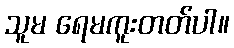
သူမ ရေမကူးတတ်ပါ။